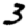
Digit: 3